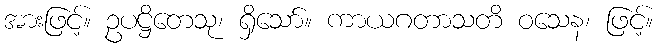
အားဖြင့်။ ဥပဋ္ဌိတေသု၊ ရှိသော်။ ကာယဂတာသတိ ဝသေန၊ ဖြင့်။